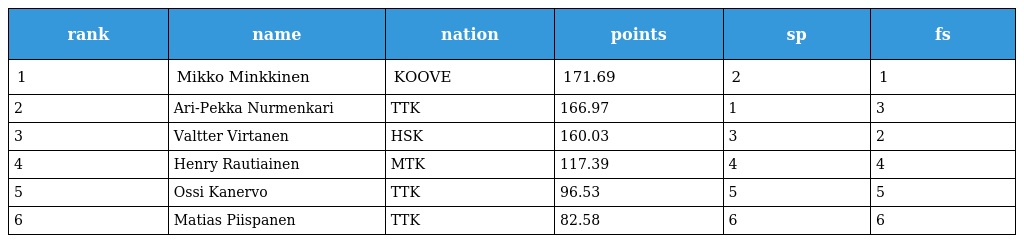
| rank | name | nation | points | sp | fs |
 | --- | --- | --- | --- | --- | --- |
 | 1 | Mikko Minkkinen | KOOVE | 171.69 | 2 | 1 |
 | 2 | Ari-Pekka Nurmenkari | TTK | 166.97 | 1 | 3 |
 | 3 | Valtter Virtanen | HSK | 160.03 | 3 | 2 |
 | 4 | Henry Rautiainen | MTK | 117.39 | 4 | 4 |
 | 5 | Ossi Kanervo | TTK | 96.53 | 5 | 5 |
 | 6 | Matias Piispanen | TTK | 82.58 | 6 | 6 |